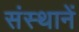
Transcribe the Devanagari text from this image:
संस्थानें